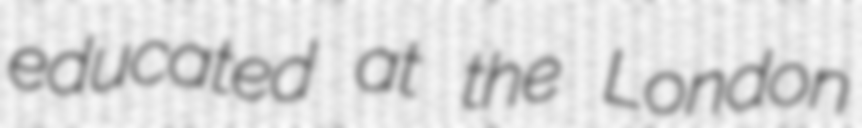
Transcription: educated at the London